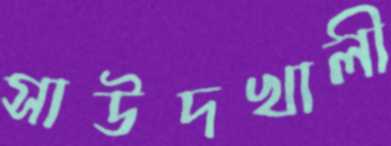
সাউদখালী